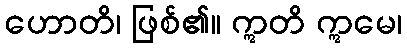
ဟောတိ၊ ဖြစ်၏။ ဣတိ ဣမေ၊